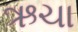
ઋચા